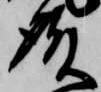
殿